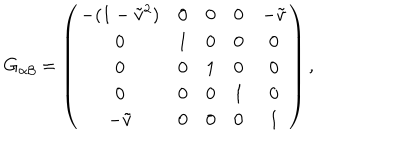
G _ { \alpha \beta } = \left( \begin{array} { c c c c c } { { - ( 1 - \tilde { v } ^ { 2 } ) } } & { { 0 } } & { { 0 } } & { { 0 } } & { { - \tilde { v } } } \\ { { 0 } } & { { 1 } } & { { 0 } } & { { 0 } } & { { 0 } } \\ { { 0 } } & { { 0 } } & { { 1 } } & { { 0 } } & { { 0 } } \\ { { 0 } } & { { 0 } } & { { 0 } } & { { 1 } } & { { 0 } } \\ { { - \tilde { v } } } & { { 0 } } & { { 0 } } & { { 0 } } & { { 1 } } \\ \end{array} \right) ,